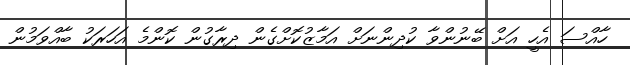
ހާއްސަ އެހީ އަށް ބޭނުންވާ ކުދިންނަށް އަމާޒުކޮށްގެން ދިރާގުން ކޮންމެ އަހަރަކު ބާއްވަމުން